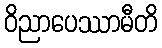
ဝိညာပေဿာမီတိ